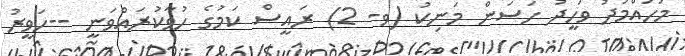
މުހައްމަދު ވަހީދު ހަސަން މަނިކު (ވ- 2) ރައީސް ކަމުގެ ހުވާކުރައްވަނީ --ހަވީރު